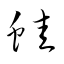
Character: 蛙